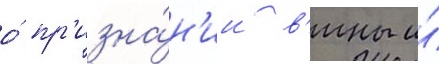
о́ пр'изна́н'ии в'ины и́